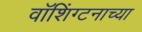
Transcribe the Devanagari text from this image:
वॉशिंग्टनाच्या